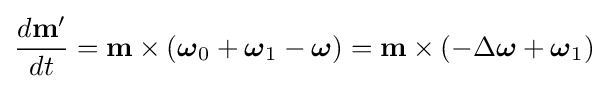
{\frac {d\mathbf {m} '}{dt}}=\mathbf {m} \times ({\boldsymbol {\omega }}_{0}+{\boldsymbol {\omega }}_{1}-{\boldsymbol {\omega }})=\mathbf {m} \times (-\Delta {\boldsymbol {\omega }}+{\boldsymbol {\omega }}_{1})